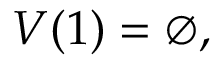
V ( 1 ) = \emptyset ,